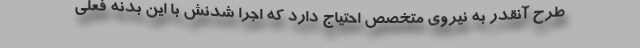
طرح آنقدر به نیروی متخصص احتیاج دارد که اجرا شدنش با این بدنه فعلی